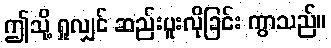
ဤသို့ ရှုလျှင် ဆည်းပူးလိုခြင်း ကွာသည်။